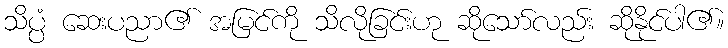
သိပ္ပံ ဆေးပညာ၏ အမြင်ကို သိလိုခြင်းဟု ဆိုသော်လည်း ဆိုနိုင်ပါ၏။